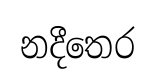
නදීතෙර